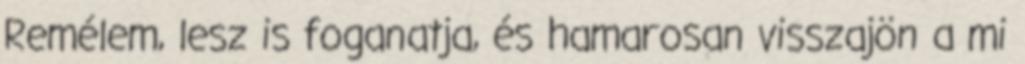
Remélem, lesz is foganatja, és hamarosan visszajön a mi